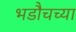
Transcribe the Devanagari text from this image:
भडौचच्या